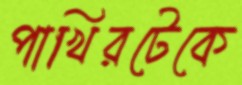
পাখিরটেকে